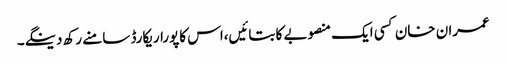
عمران خان کسی ایک منصوبے کا بتائیں،اس کاپوراریکارڈ سامنے رکھ دینگے۔